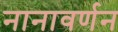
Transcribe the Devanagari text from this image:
नानावर्णन